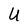
Character: U